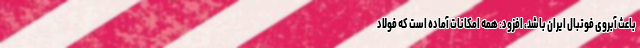
باعث آبروی فوتبال ایران باشد، افزود: همه امکانات آماده است که فولاد